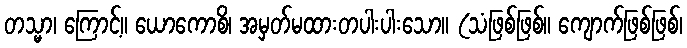
တသ္မာ၊ ကြောင့်။ ယောကောစိ၊ အမှတ်မထားတပါးပါးသော။ (သံဖြစ်ဖြစ်။ ကျောက်ဖြစ်ဖြစ်၊